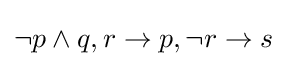
\neg p\wedge q,r\rightarrow p,\neg r\rightarrow s